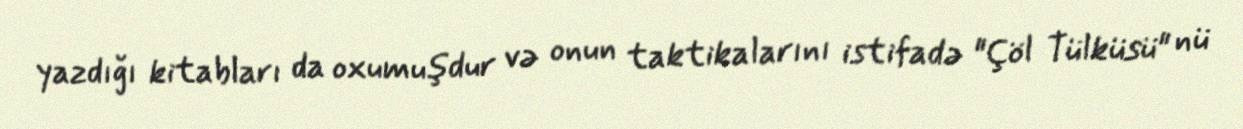
yazdığı kitabları da oxumuşdur və onun taktikalarını istifadə "Çöl Tülküsü" nü